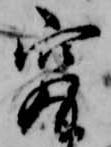
究